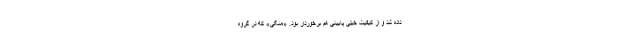
داده شد و از کیفیت خیلی پایینی هم برخوردار بود. «منگی» که در گروه